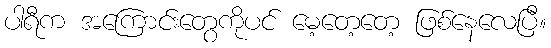
ပါရီက အကြောင်းတွေကိုပင် မေ့တေ့တေ့ ဖြစ်နေလေပြီ။